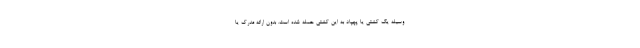
وسیله یک کشتی یا پهپاد به این کشتی حمله شده است. بدون ارائه مدرک یا